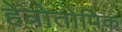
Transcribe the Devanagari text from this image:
हेत्रोतोपिक